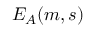
E _ { A } ( m , s )